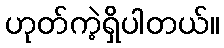
ဟုတ်ကဲ့ရှိပါတယ်။